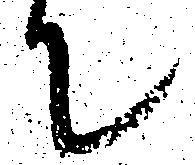
て